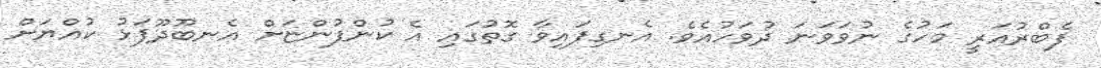
ފެބްރުއަރީ މަހުގެ ނުވަވަނަ ދުވަހުއެވެ. އެނގިފައިވާ ގޮތުގައި އެ ކުންފުންޏަށް އެނބޫދޫފަޅު ކުއްޔަށް